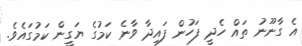
އެ ގާނޫނު ތައް ހެދީ ފަހުން ފައިދާ ވާނެ ކަމުގެ ޔަގީން ކަމުގައެވެ.